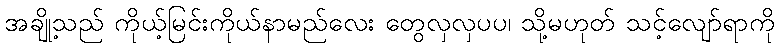
အချို့သည် ကိုယ့်မြင်းကိုယ်နာမည်လေး တွေလှလှပပ၊ သို့မဟုတ် သင့်လျော်ရာကို